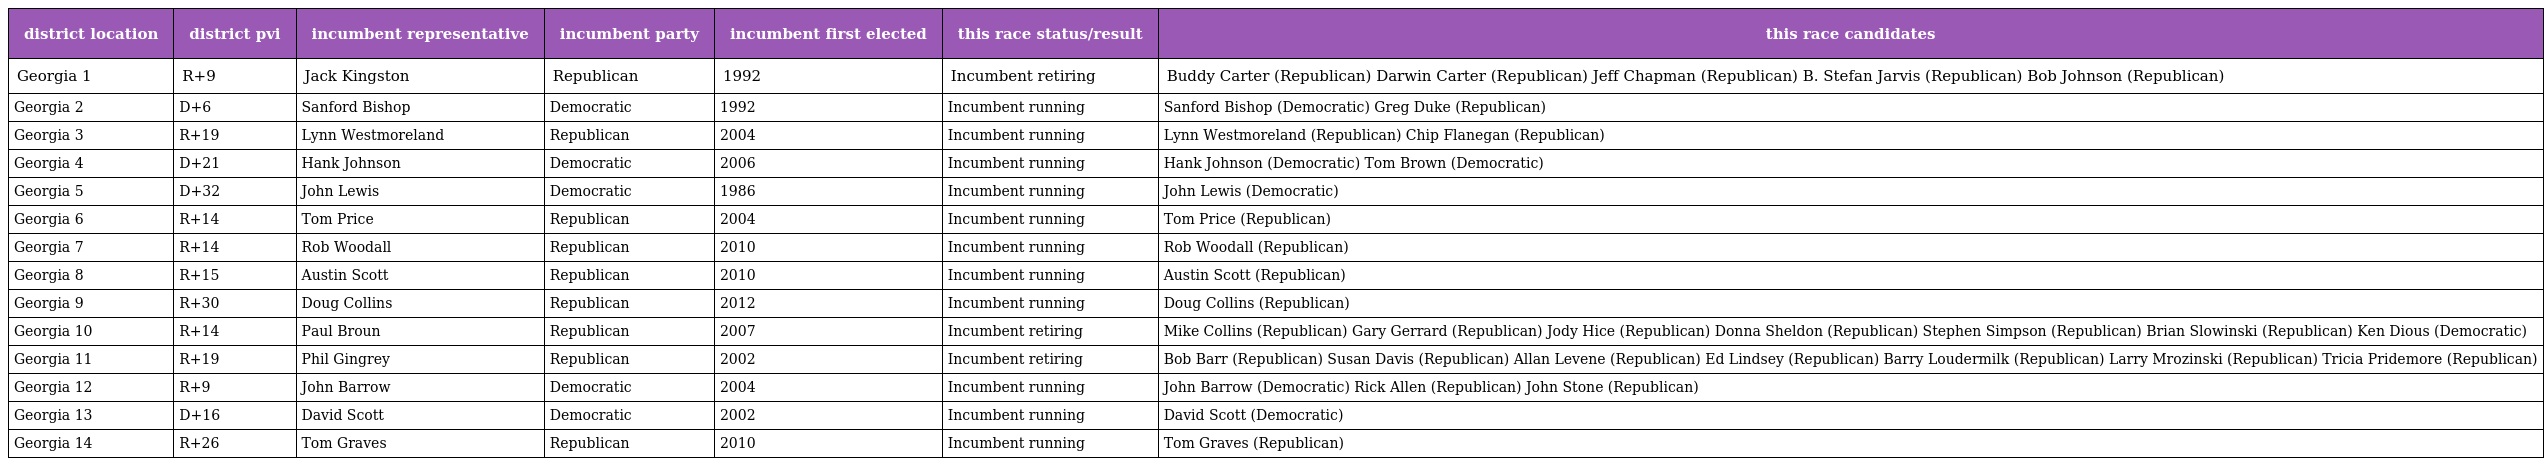
| district location | district pvi | incumbent representative | incumbent party | incumbent first elected | this race status/result | this race candidates |
 | --- | --- | --- | --- | --- | --- | --- |
 | Georgia 1 | R+9 | Jack Kingston | Republican | 1992 | Incumbent retiring | Buddy Carter (Republican) Darwin Carter (Republican) Jeff Chapman (Republican) B. Stefan Jarvis (Republican) Bob Johnson (Republican) |
 | Georgia 2 | D+6 | Sanford Bishop | Democratic | 1992 | Incumbent running | Sanford Bishop (Democratic) Greg Duke (Republican) |
 | Georgia 3 | R+19 | Lynn Westmoreland | Republican | 2004 | Incumbent running | Lynn Westmoreland (Republican) Chip Flanegan (Republican) |
 | Georgia 4 | D+21 | Hank Johnson | Democratic | 2006 | Incumbent running | Hank Johnson (Democratic) Tom Brown (Democratic) |
 | Georgia 5 | D+32 | John Lewis | Democratic | 1986 | Incumbent running | John Lewis (Democratic) |
 | Georgia 6 | R+14 | Tom Price | Republican | 2004 | Incumbent running | Tom Price (Republican) |
 | Georgia 7 | R+14 | Rob Woodall | Republican | 2010 | Incumbent running | Rob Woodall (Republican) |
 | Georgia 8 | R+15 | Austin Scott | Republican | 2010 | Incumbent running | Austin Scott (Republican) |
 | Georgia 9 | R+30 | Doug Collins | Republican | 2012 | Incumbent running | Doug Collins (Republican) |
 | Georgia 10 | R+14 | Paul Broun | Republican | 2007 | Incumbent retiring | Mike Collins (Republican) Gary Gerrard (Republican) Jody Hice (Republican) Donna Sheldon (Republican) Stephen Simpson (Republican) Brian Slowinski (Republican) Ken Dious (Democratic) |
 | Georgia 11 | R+19 | Phil Gingrey | Republican | 2002 | Incumbent retiring | Bob Barr (Republican) Susan Davis (Republican) Allan Levene (Republican) Ed Lindsey (Republican) Barry Loudermilk (Republican) Larry Mrozinski (Republican) Tricia Pridemore (Republican) |
 | Georgia 12 | R+9 | John Barrow | Democratic | 2004 | Incumbent running | John Barrow (Democratic) Rick Allen (Republican) John Stone (Republican) |
 | Georgia 13 | D+16 | David Scott | Democratic | 2002 | Incumbent running | David Scott (Democratic) |
 | Georgia 14 | R+26 | Tom Graves | Republican | 2010 | Incumbent running | Tom Graves (Republican) |